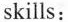
skills: